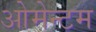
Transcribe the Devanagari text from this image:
ओमेन्टम